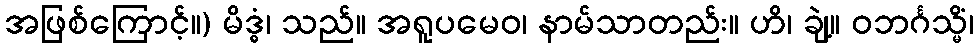
အဖြစ်ကြောင့်။) မိဒ္ဓံ၊ သည်။ အရူပမေဝ၊ နာမ်သာတည်း။ ဟိ၊ ချဲ့။ ဝဘင်္ဂသ္မိံ၊